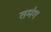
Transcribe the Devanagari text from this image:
तमंग